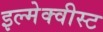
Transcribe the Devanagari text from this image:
इल्मेक्वीस्ट